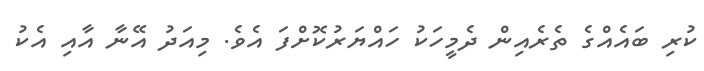
ކުރި ބައެއްގެ ތެރެއިން ދެމީހަކު ހައްޔަރުކޮށްފަ އެވެ. މިއަދު އޭނާ އާއި އެކު